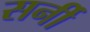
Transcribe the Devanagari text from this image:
सर्नी